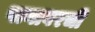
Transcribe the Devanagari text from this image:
पानावरची